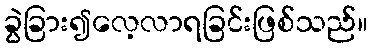
ခွဲခြား၍လေ့လာရခြင်းဖြစ်သည်။